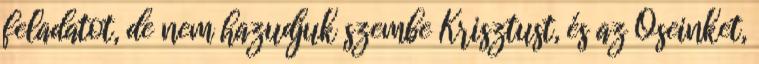
feladatot, de nem hazudjuk szembe Krisztust, és az Őseinket,